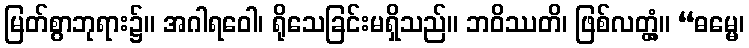
မြတ်စွာဘုရား၌။ အဂါရဝေါ၊ ရိုသေခြင်းမရှိသည်။ ဘဝိဿတိ၊ ဖြစ်လတ္တံ့။ “ဓမ္မေ၊